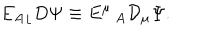
{ { E _ { A } } _ { \lfloor } } D \Psi \equiv E ^ { \mu } \, _ { A } { \cal D } _ { \mu } \Psi .